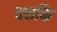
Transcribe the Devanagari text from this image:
वशक्ति